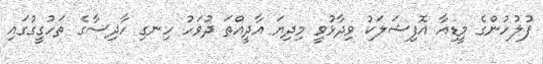
ފުލުހުންގެ މީޑިއާ އޮފިޝަލަކު ވިދާޅުވީ މިދިޔަ އާދީއްތަ ދުވަހު ހިނގި ހާދިސާގެ ތަހުގީގުގައި